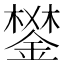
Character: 𨪧